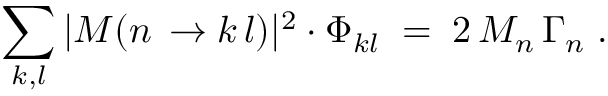
\sum _ { k , l } | { \cal M } ( n \, \to k \, l ) | ^ { 2 } \cdot \Phi _ { k l } \; = \; 2 \, M _ { n } \, \Gamma _ { n } \; .